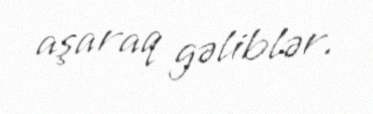
aşaraq gəliblər.